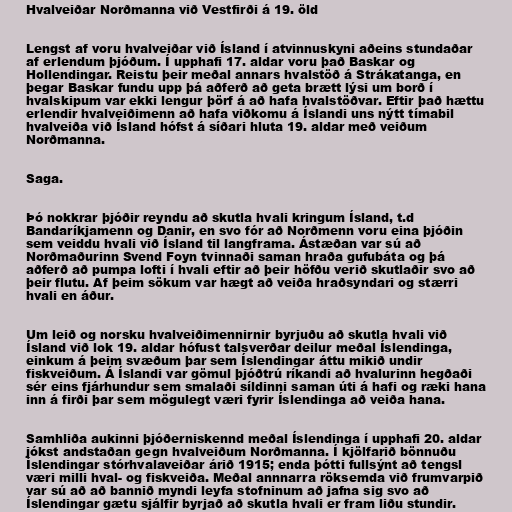
Hvalveiðar Norðmanna við Vestfirði á 19. öld

Lengst af voru hvalveiðar við Ísland í atvinnuskyni aðeins stundaðar
af erlendum þjóðum. Í upphafi 17. aldar voru það Baskar og
Hollendingar. Reistu þeir meðal annars hvalstöð á Strákatanga, en
þegar Baskar fundu upp þá aðferð að geta brætt lýsi um borð í
hvalskipum var ekki lengur þörf á að hafa hvalstöðvar. Eftir það hættu
erlendir hvalveiðimenn að hafa viðkomu á Íslandi uns nýtt tímabil
hvalveiða við Ísland hófst á síðari hluta 19. aldar með veiðum
Norðmanna.

Saga.

Þó nokkrar þjóðir reyndu að skutla hvali kringum Ísland, t.d
Bandaríkjamenn og Danir, en svo fór að Norðmenn voru eina þjóðin
sem veiddu hvali við Ísland til langframa. Ástæðan var sú að
Norðmaðurinn Svend Foyn tvinnaði saman hraða gufubáta og þá
aðferð að pumpa lofti í hvali eftir að þeir höfðu verið skutlaðir svo að
þeir flutu. Af þeim sökum var hægt að veiða hraðsyndari og stærri
hvali en áður.

Um leið og norsku hvalveiðimennirnir byrjuðu að skutla hvali við
Ísland við lok 19. aldar hófust talsverðar deilur meðal Íslendinga,
einkum á þeim svæðum þar sem Íslendingar áttu mikið undir
fiskveiðum. Á Íslandi var gömul þjóðtrú ríkandi að hvalurinn hegðaði
sér eins fjárhundur sem smalaði síldinni saman úti á hafi og ræki hana
inn á firði þar sem mögulegt væri fyrir Íslendinga að veiða hana.

Samhliða aukinni þjóðerniskennd meðal Íslendinga í upphafi 20. aldar
jókst andstaðan gegn hvalveiðum Norðmanna. Í kjölfarið bönnuðu
Íslendingar stórhvalaveiðar árið 1915; enda þótti fullsýnt að tengsl
væri milli hval- og fiskveiða. Meðal annnarra röksemda við frumvarpið
var sú að að bannið myndi leyfa stofninum að jafna sig svo að
Íslendingar gætu sjálfir byrjað að skutla hvali er fram liðu stundir.